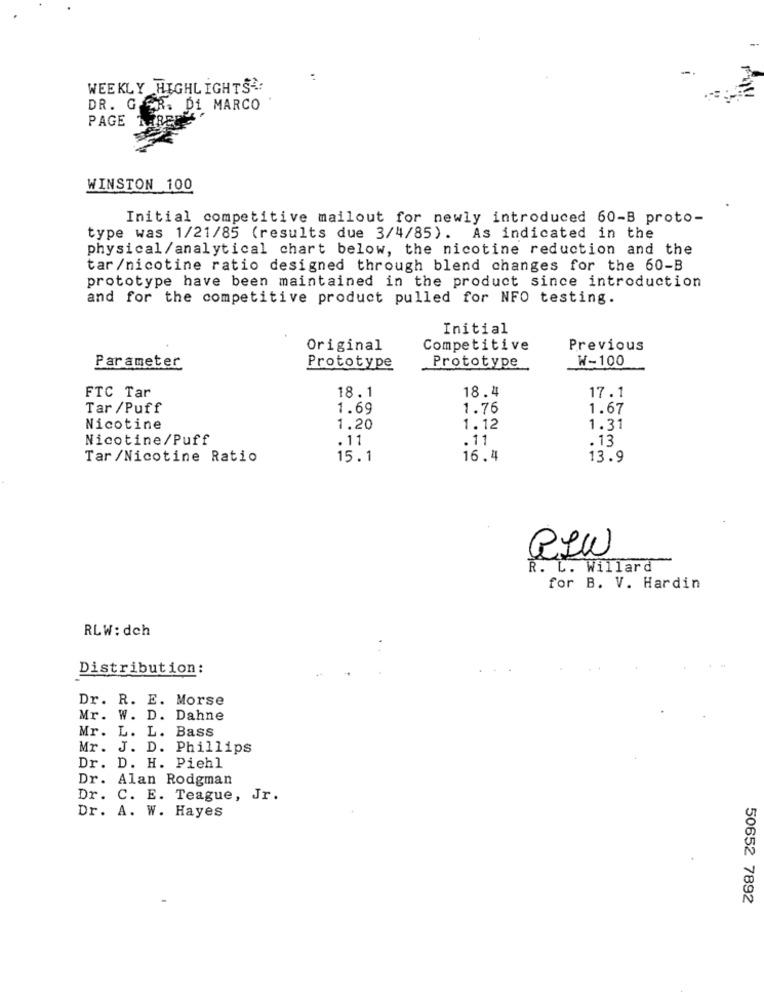
:
WEEKLY HIGHLIGHTSA:
DR. G GR. Di MARCO
PAGE 1
WINSTON 100
Initial competitive mailout for newly introduced 60-B proto-
type was 1/21/85 (results due 3/4/85). As indicated in the
physical/analytical chart below, the nicotine reduction and the
tar/nicotine ratio designed through blend changes for the 60-B
prototype have been maintained in the product since introduction
and for the competitive product pulled for NFO testing.
Initial
Original
Competitive
Previous
W-100
Parameter
Prototype
Prototype
18.4
FTC Tar
18.1
17.1
Tar /Puff
1.69
1.76
1.67
Nicotine
1.20
1.12
1.31
Nicotine/Puff
.11
. 13
.11
Tar /Nicotine Ratio
15.1
16.4
13.9
R. L. Willard
for B. V. Hardin
RLW: dch
Distribution:
Dr. R. E. Morse
Mr. W. D. Dahne
Mr. L. L. Bass
Mr. J. D. Phillips
Dr. D. H. Piehl
Dr. Alan Rodgman
Dr. C. E. Teague, Jr.
Dr. A. W. Hayes
50652 7892